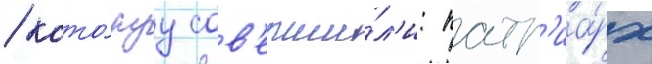
/ кото́руу сов'ерши́л'и: патр'иа́рх